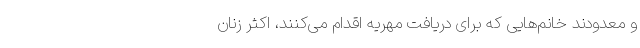
و معدودند خانم‌هایی که برای دریافت مهریه اقدام می‌کنند، اکثر زنان